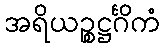
အရိယဉ္စဋ္ဌင်္ဂိကံ